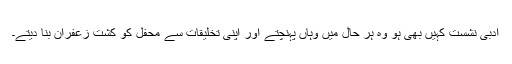
ادبی نشست کہیں بھی ہو وہ ہر حال میں وہاں پہنچتے اور اپنی تخلیقات سے محفل کو کشت زعفران بنا دیتے۔